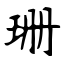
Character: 珊